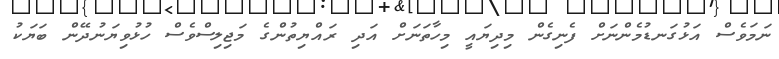
ނަމަވެސް އަޅުގަނޑުމެންނަށް ފެނިގެން މިދިޔައީ މިހާތަނަށް އަދި ރައްޔިތުންގެ މަޖިލިސްވެސް ހުޅުވިޔަނުދޭން ބަޔަކު